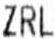
ZRL